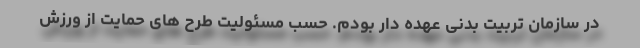
در سازمان تربیت بدنی عهده دار بودم. حسب مسئولیت طرح های حمایت از ورزش